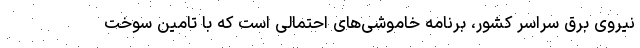
نیروی برق سراسر کشور، برنامه خاموشی‌های احتمالی است که با تامین سوخت